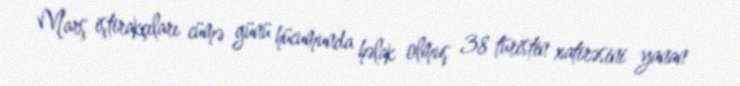
Marş iştirakçıları cümə günü hücumunda həlak olmuş 38 türistin xatirəsini yanan